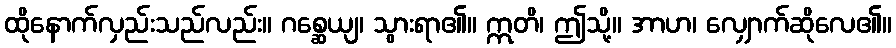
ထိုနောက်လှည်းသည်လည်း။ ဂစ္ဆေယျ၊ သွားရာ၏။ ဣတိ၊ ဤသို့။ အာဟ၊ လျှောက်ဆိုလေ၏။